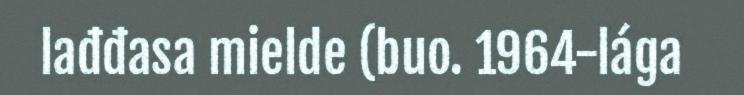
lađđasa mielde (buo. 1964-lága